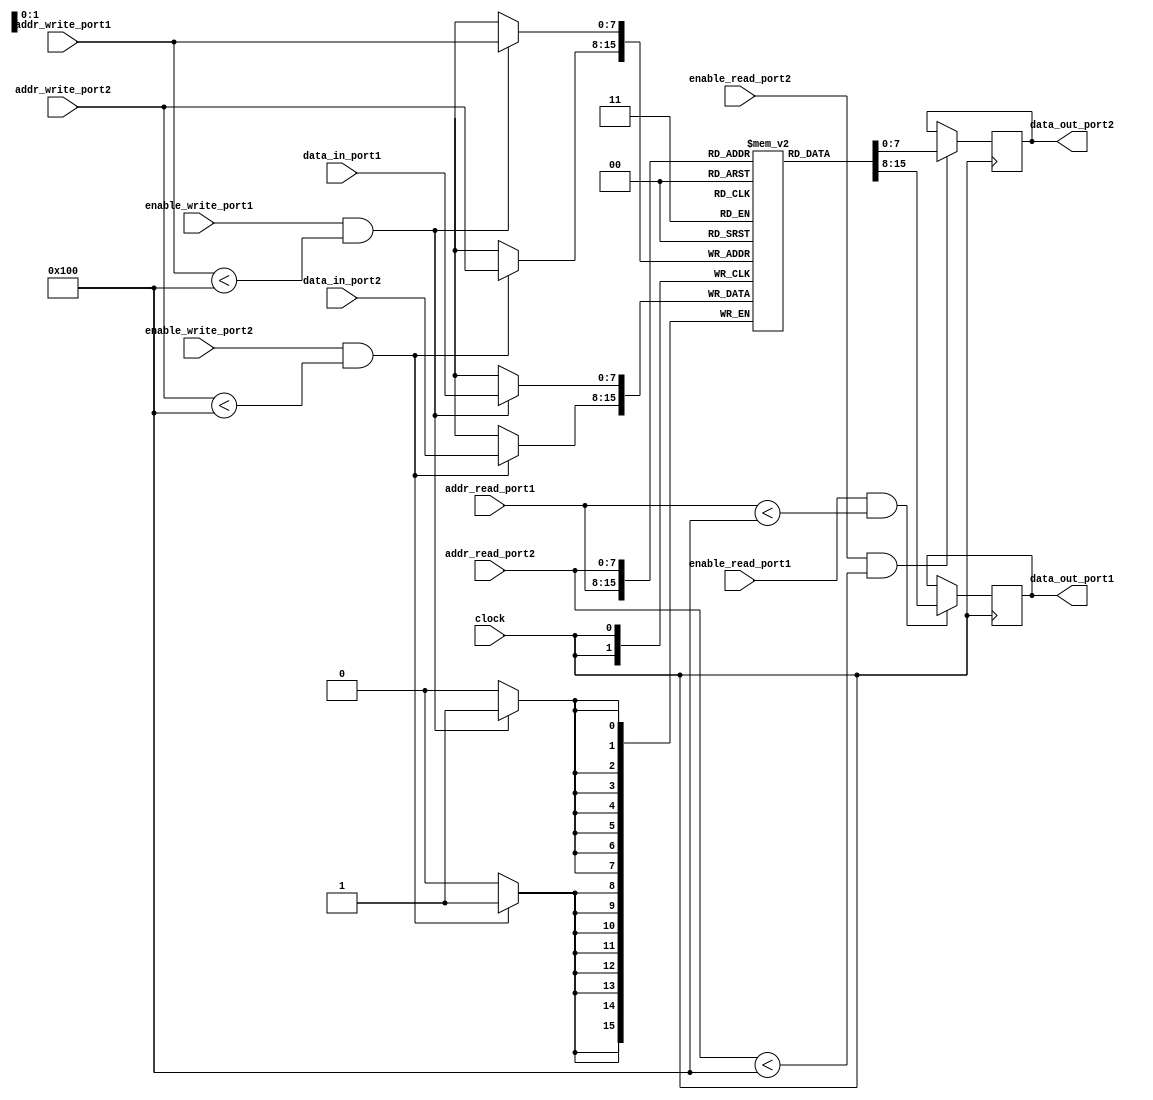
module dual_port_register_file (
    input wire clock,
    input wire [7:0] addr_read_port1,
    input wire [7:0] addr_write_port1,
    input wire enable_read_port1,
    input wire enable_write_port1,
    input wire [7:0] data_in_port1,
    output wire [7:0] data_out_port1,
    
    input wire [7:0] addr_read_port2,
    input wire [7:0] addr_write_port2,
    input wire enable_read_port2,
    input wire enable_write_port2,
    input wire [7:0] data_in_port2,
    output wire [7:0] data_out_port2
);

reg [7:0] memory [0:255];

always @(posedge clock) begin
    if (enable_read_port1 && addr_read_port1 < 256)
        data_out_port1 <= memory[addr_read_port1];
    
    if (enable_write_port1 && addr_write_port1 < 256)
        memory[addr_write_port1] <= data_in_port1;
    
    if (enable_read_port2 && addr_read_port2 < 256)
        data_out_port2 <= memory[addr_read_port2];
    
    if (enable_write_port2 && addr_write_port2 < 256)
        memory[addr_write_port2] <= data_in_port2;
end

endmodule